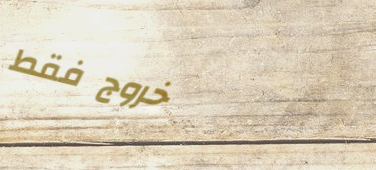
خروج فقط